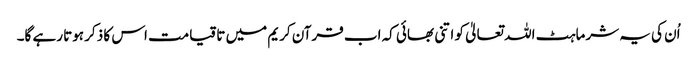
اُن کی یہ شرماہٹ اللہ تعالیٰ کو اتنی بھائی کہ اب قرآن کریم میں تا قیامت اس کا ذکر ہوتا رہے گا۔